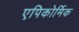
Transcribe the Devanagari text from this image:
एपिकोर्मिक